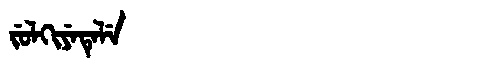
Manchu: ᠵᡠᠯᡴᡳᠶᡝᡨᡝᠯᡝ
Romanization: JULKIYETELE